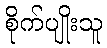
စိုက်ပျိုးသူ